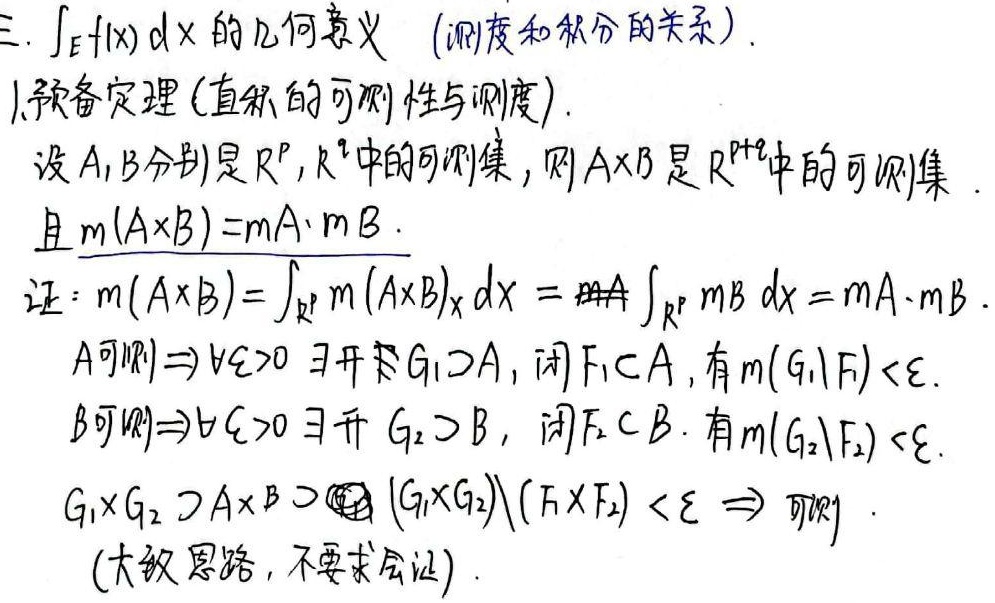
三. $\int_{E}f(x)dx$ 的几何意义 (测度和积分的关系)。
1. 预备定理 (直积的可测性与测度)。设 $A,B$ 分别是 $\mathbb{R}^{p},\mathbb{R}^{q}$ 中的可测集，则 $A\times B$ 是 $\mathbb{R}^{p + q}$ 中的可测集，且 $m(A\times B)=mA\cdot mB$。
证：$m(A\times B)=\int_{\mathbb{R}^{p}}m(A\times B)_{x}dx = \text{#}A\int_{\mathbb{R}^{p}}mB\ dx=mA\cdot mB$。
$A$ 可测 $\Rightarrow\forall\varepsilon > 0\ \exists$ 开集 $G_{1}\supset A$，闭集 $F_{1}\subset A$，有 $m(G_{1}\setminus F_{1})<\varepsilon$。
$B$ 可测 $\Rightarrow\forall\varepsilon > 0\ \exists$ 开集 $G_{2}\supset B$，闭集 $F_{2}\subset B$，有 $m(G_{2}\setminus F_{2})<\varepsilon$。
$G_{1}\times G_{2}\supset A\times B\supset (G_{1}\times G_{2})\setminus (F_{1}\times F_{2})<\varepsilon\Rightarrow$ 可测。(大致思路, 不要求会证)